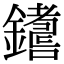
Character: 𨮚